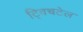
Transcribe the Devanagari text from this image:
ट्विचटेल